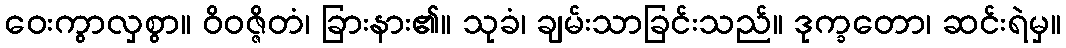
ဝေးကွာလှစွာ။ ဝိဝဇ္ဇိတံ၊ ခြားနား၏။ သုခံ၊ ချမ်းသာခြင်းသည်။ ဒုက္ခတော၊ ဆင်းရဲမှ။